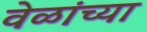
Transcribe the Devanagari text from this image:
वेळांच्या